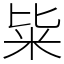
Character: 粊